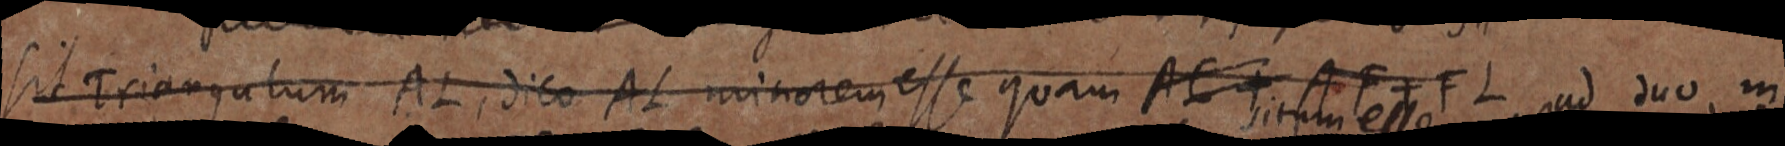
sit Triangulum AL, dico AL minorem esse quam AC + AF + FL ad duo m